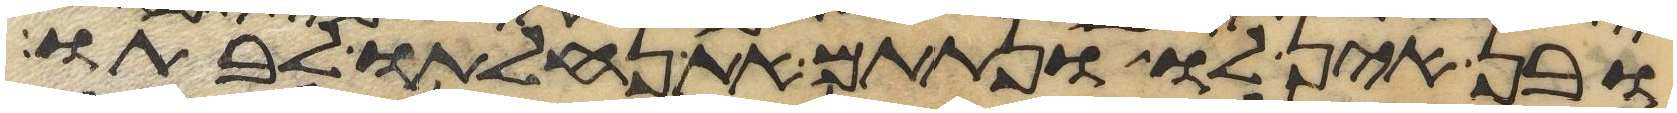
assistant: ובן אין לו ונתתם את נחלתו לבתו